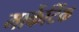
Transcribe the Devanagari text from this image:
मार्केटिंक